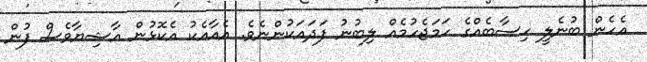
އެހެން ބުނެލީ ހިސާބެއްގެ ހަމަޖެހުމެއް ލިބުނު ފަދައަކުންނެވެ. އެއާއެކު އެކޮޅުން އާޝިޔާވެސް ފުން